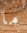
ما